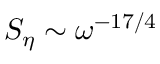
S _ { \eta } \sim \omega ^ { - 1 7 / 4 }